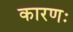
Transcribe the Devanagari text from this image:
कारणः